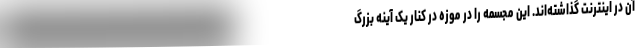
آن در اینترنت گذاشته‌اند. این مجسمه را در موزه در کنار یک آینه بزرگ